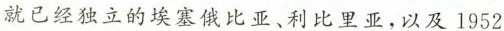
就已经独立的埃塞俄比亚、利比里亚，以及1952